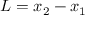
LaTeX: L = x _ { 2 } - x _ { 1 }